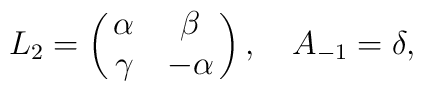
L_2=\left(\matrix{\alpha&\beta\cr \gamma&-\alpha}\right),\quad A_{-1}=\delta,